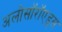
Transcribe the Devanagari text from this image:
अलोसॉरॉएड्स